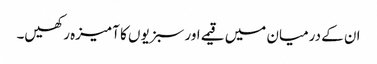
ان کے درمیان میں قیمے اور سبزیوں کا آمیزہ رکھیں۔